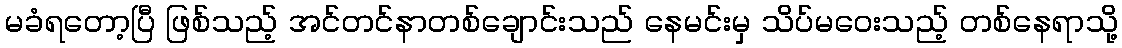
မခံရတော့ပြီ ဖြစ်သည့် အင်တင်နာတစ်ချောင်းသည် နေမင်းမှ သိပ်မဝေးသည့် တစ်နေရာသို့